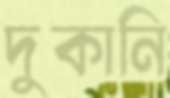
দুকানি